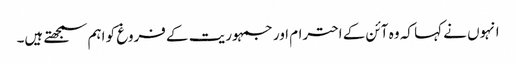
انہوں نے کہا کہ وہ آئن کے احترام اور جمہوریت کے فروغ کو اہم سمجھتے ہیں۔